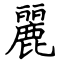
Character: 麗